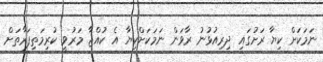
ނަމަކަށް ކިޔާ ރަށުގައި ދިރިއުޅުނު ރާވަން ނަމަކަށްކިޔާ އެ ކުއްޖާ މަރުވީ ކުރިމަތިފަރާތަށް